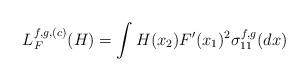
LaTeX: \begin{align*}L^{f,g,(c)}_F(H)=\int H(x_2)F'(x_1)^2 \sigma_{11}^{f,g}(dx)\end{align*}